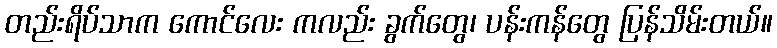
တည်းရိပ်သာက ကောင်လေး ကလည်း ခွက်တွေ၊ ပန်းကန်တွေ ပြန်သိမ်းတယ်။